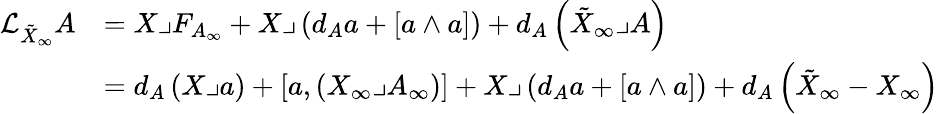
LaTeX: \begin{array}{rl}{\mathcal{L}_{\tilde{X}_{\infty}}A}&{=X\lrcorner F_{A_{\infty}}+X\lrcorner\left(d_{A}a+\left[a\wedge a\right]\right)+d_{A}\left(\tilde{X}_{\infty}\lrcorner A\right)}\\ &{=d_{A}\left(X\lrcorner a\right)+\left[a,\left(X_{\infty}\lrcorner A_{\infty}\right)\right]+X\lrcorner\left(d_{A}a+\left[a\wedge a\right]\right)+d_{A}\left(\tilde{X}_{\infty}-X_{\infty}\right)}\end{array}